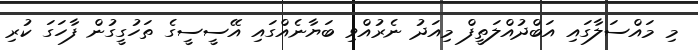
މި މައްސަލާގައި އަބްދުއްލަތީފް މިއަދު ނެރުއްވި ބަޔާނެއްގައި އޭސީސީގެ ތަހުގީގުން ފާހަގަ ކުރި